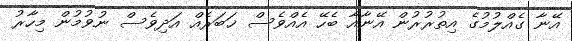
އޭނާ ގެއްލުމުގެ އިތުރުރުން އޭނާއާ ބެހޭ އެއްވެސް ޚަބަރެއް އަދިވެސް ނުވުމުން މިހާރު